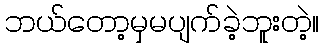
ဘယ်တော့မှမပျက်ခဲ့ဘူးတဲ့။